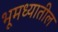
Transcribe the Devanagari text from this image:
भूमध्यातील